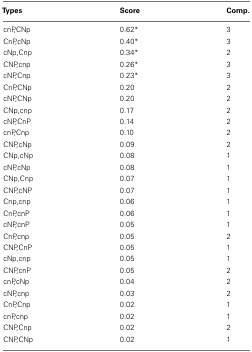
| Types | Score | Comp. |
 | --- | --- | --- |
 | cnP,CNp | 0.62* | 3 |
 | CnP,cNp | 0.40* | 3 |
 | cNp,Cnp | 0.34* | 2 |
 | CNP,cnp | 0.26* | 3 |
 | cNP,Cnp | 0.23* | 3 |
 | CnP,CNp | 0.20 | 2 |
 | cNP,CNp | 0.20 | 2 |
 | CNp,cnp | 0.17 | 2 |
 | cNP,CnP | 0.14 | 2 |
 | cnP,Cnp | 0.10 | 2 |
 | CNP,cNp | 0.09 | 2 |
 | CNp,cNp | 0.08 | 1 |
 | cNP,cNp | 0.08 | 1 |
 | CNp,Cnp | 0.07 | 1 |
 | CNP,cNP | 0.07 | 1 |
 | Cnp,cnp | 0.06 | 1 |
 | CnP,cnP | 0.06 | 1 |
 | cNP,cnP | 0.05 | 1 |
 | CnP,cnp | 0.05 | 2 |
 | CNP,CnP | 0.05 | 1 |
 | cNp,cnp | 0.05 | 1 |
 | CNP,cnP | 0.05 | 2 |
 | cnP,cNp | 0.04 | 2 |
 | cNP,cnp | 0.03 | 2 |
 | CnP,Cnp | 0.02 | 1 |
 | cnP,cnp | 0.02 | 1 |
 | CNP,Cnp | 0.02 | 2 |
 | CNP,CNp | 0.02 | 1 |